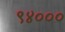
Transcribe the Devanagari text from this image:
९४०००